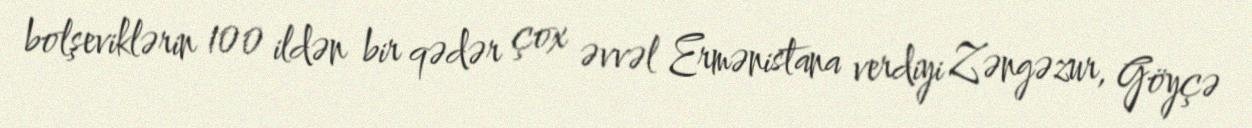
bolşeviklərin 100 ildən bir qədər çox əvvəl Ermənistana verdiyi Zəngəzur, Göyçə